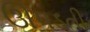
ઊપડતી